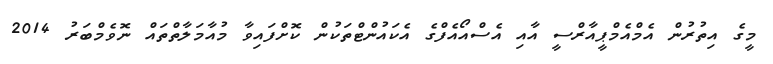
މީގެ އިތުރުން އެމްއެމްޕީއާރްސީ އާއި އެސްއޯއެފްގެ އެކައުންޓްތަކުން ކޮށްފައިވާ މުއާމަލާތްތައް ނޮވެމްބަރު 2014